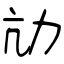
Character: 劥